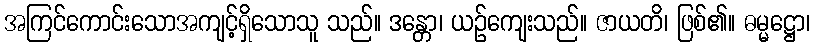
အကြင်ကောင်းသောအကျင့်ရှိသောသူ သည်။ ဒန္တော၊ ယဉ်ကျေးသည်။ ဇာယတိ၊ ဖြစ်၏။ ဓမ္မဋ္ဌော၊